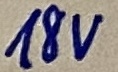
Text: 18V